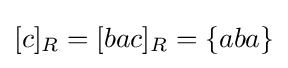
[c]_{R}=[bac]_{R}=\{aba\}